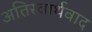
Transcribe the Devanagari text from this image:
अतिस्वार्थवाद